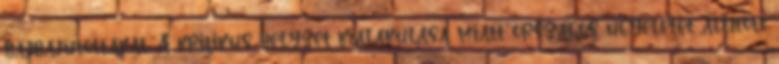
bajbajutottakat. A kritikus helyzet kialakulása miatt országos ügyeletet állított